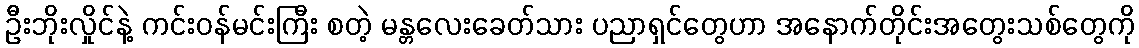
ဦးဘိုးလှိုင်နဲ့ ကင်းဝန်မင်းကြီး စတဲ့ မန္တလေးခေတ်သား ပညာရှင်တွေဟာ အနောက်တိုင်းအတွေးသစ်တွေကို